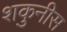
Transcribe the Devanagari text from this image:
शकुनीस